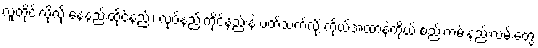
လူတိုင်းလိုလို နေနည်းထိုင်နည်း၊ လုပ်နည်းကိုင်နည်းနဲ့ ပတ်သက်လို့ ကိုယ့်အထာနဲ့ကိုယ် စည်းကမ်းနည်းလမ်းတွေ